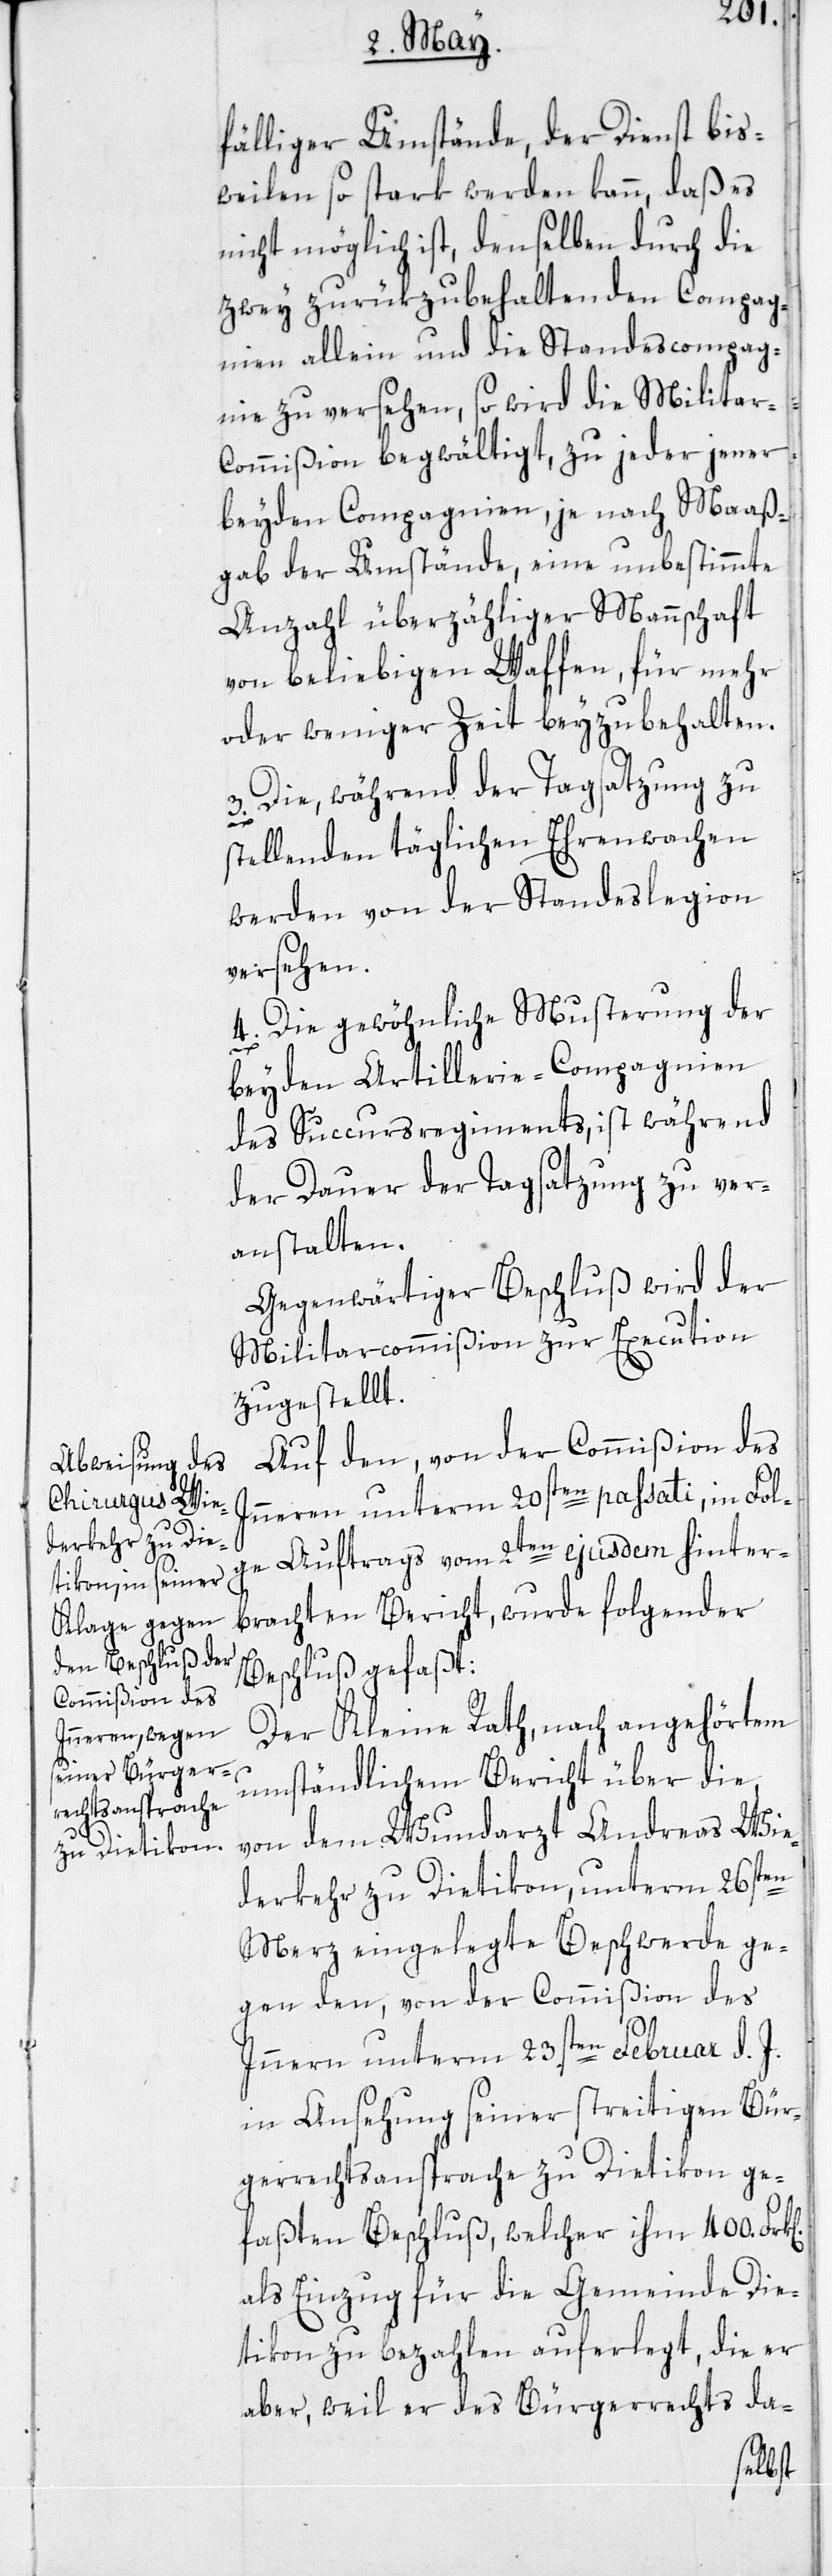
fälliger Umstände, der Dienst bis¬
weilen so stark werden kann, daß es
nicht möglich ist, denselben durch die
zwey zurükzubehaltenden Compag¬
nien allein und die Standescompag¬
nie zu versehen, so wird die Militar-C¬
ommißion begwältigt, zu jeder jener
beyden Compagnien, je nach Maaß¬
gab der Umstände, eine unbestimmte
Anzahl überzähliger Mannschaft
von beliebigen Waffen, für mehr
oder weniger Zeit beyzubehalten.
3. Die, während der Tagsatzung zu
k[en].
stellenden täglichen Ehrenwachen
werden von der Standeslegion
versehen.
4. Die gewöhnliche Musterung der
beyden Artillerie-Compagnien
des Succursregiments, ist während
der Dauer der Tagsatzung zu ver¬
anstalten.
Gegenwärtiger Beschluß wird der
Militarcommißion zur Execution
zugestellt.
Auf den, von der Commißion des
Inneren unterm 20sten passati, in Fol¬
ge Auftrags vom 2ten ejusdem hinter¬
brachten Bericht, wurde folgender
Beschluß gefaßt:
Der Kleine Rath, nach angehörtem
umständlichen Bericht über die
von dem Wundarzt Andreas Wie¬
derkehr zu Dietikon, unterm 26sten
Merz eingelegte Beschwerde ge¬
gen den, von der Commißion des
Innern unterm 23sten Februar d. J.
in Ansehung seiner streitigen Bür¬
gerrechtsansprache zu Dietikon ge¬
faßten Beschluß, welcher ihm 400. Fr¬
als Einzug für die Gemeinde Die¬
tikon zu bezahlen auferlegt, die er
aber, weil er des Bürgerrechts da-